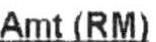
AMT(RM)